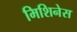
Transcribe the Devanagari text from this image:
मिशिनेस